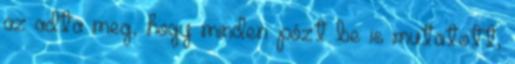
az adta meg, hogy minden pózt be is mutatott,